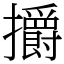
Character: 㩱